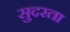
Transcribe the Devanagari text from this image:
सुदरता